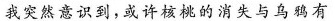
我突然意识到，或许核桃的消失与乌鸦有